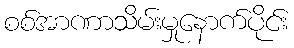
စစ်အာဏာသိမ်းမှုနောက်ပိုင်း